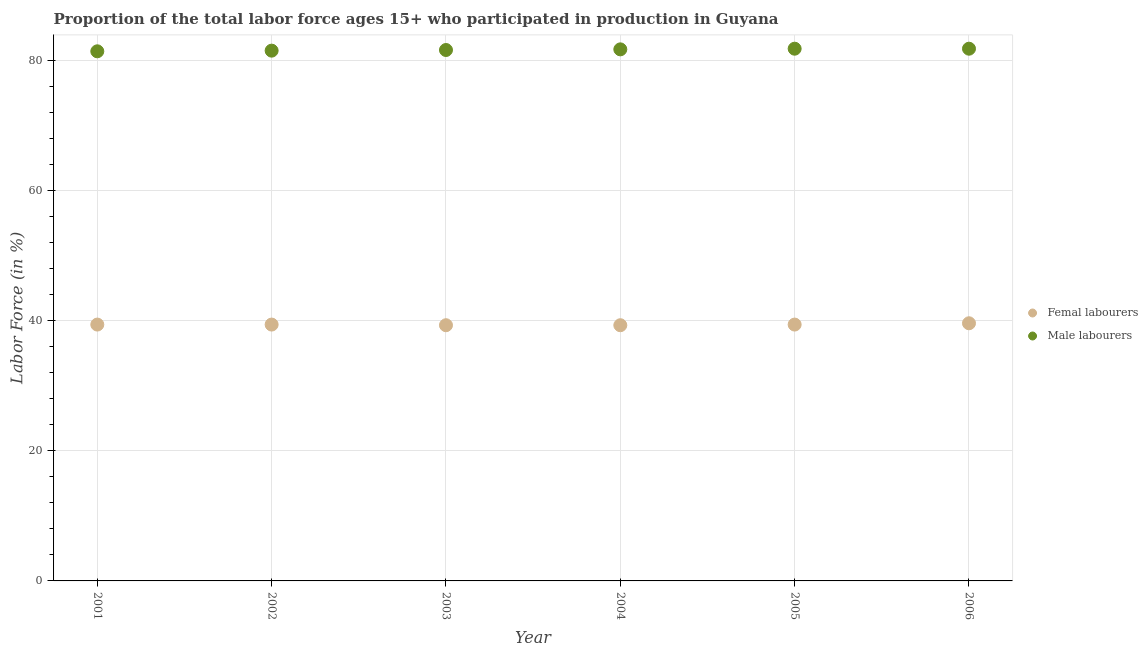
| Year | Femal labourers | Male labourers |
 | --- | --- | --- |
 | 2001 | 39.4 | 81.4 |
 | 2002 | 39.4 | 81.5 |
 | 2003 | 39.3 | 81.6 |
 | 2004 | 39.3 | 81.7 |
 | 2005 | 39.4 | 81.8 |
 | 2006 | 39.6 | 81.8 |